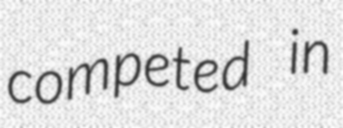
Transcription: competed in